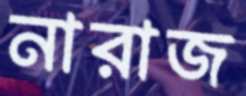
নারাজ